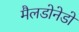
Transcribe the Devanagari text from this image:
मैलडोनेडो